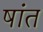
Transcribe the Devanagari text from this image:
षांत